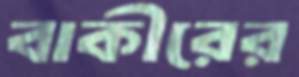
বাকীরের